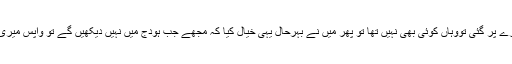
کہتی ہیں مَیں ڈیرے پر گئی تووہاں کوئی بھی نہیں تھا تو پھر مَیں نے بہرحال یہی خیال کیا کہ مجھے جب ہودج میں نہیں دیکھیں گے تو واپس میری طرف آئیں گے۔